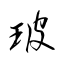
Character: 玻